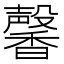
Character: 馨